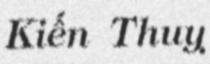
Kiến Thuỵ